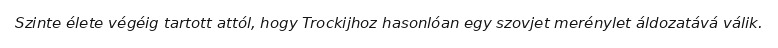
Szinte élete végéig tartott attól, hogy Trockijhoz hasonlóan egy szovjet merénylet áldozatává válik.